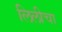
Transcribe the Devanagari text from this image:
लिलीचा